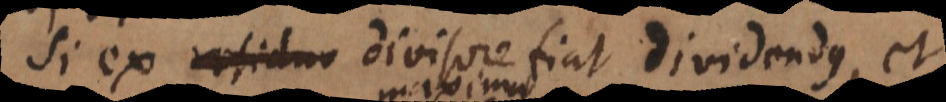
Si ex residuo divisore fiat dividendus, et